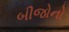
બીજોનો